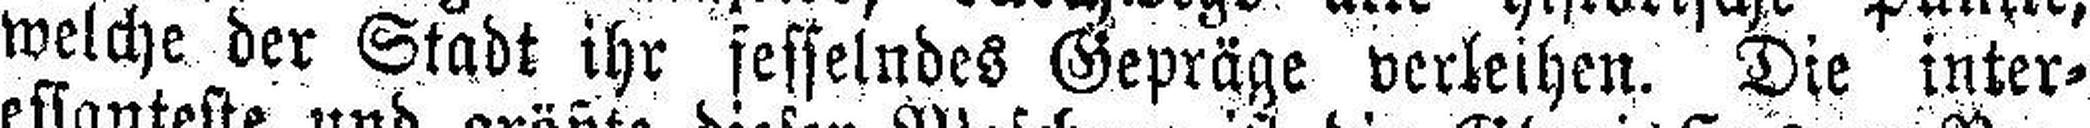
welche der Stadt ihr fesselndes Gepräge verleihen. Die inter¬